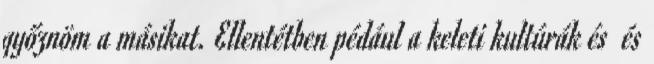
győznöm a másikat. Ellentétben pédául a keleti kultúrák és és